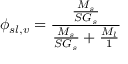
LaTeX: \phi _ { s l , v } = { \frac { \frac { M _ { s } } { S G _ { s } } } { { \frac { M _ { s } } { S G _ { s } } } + { \frac { M _ { l } } { 1 } } } }